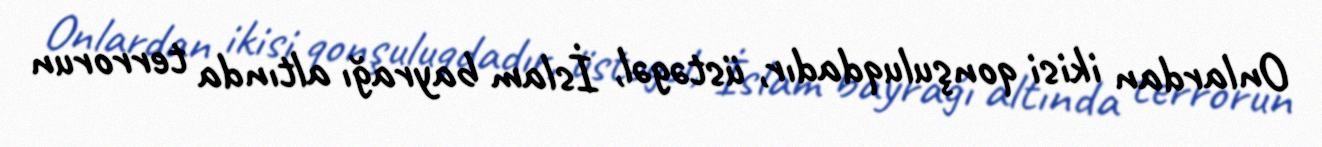
Onlardan ikisi qonşuluqdadır, üstəgəl, İslam bayrağı altında terrorun